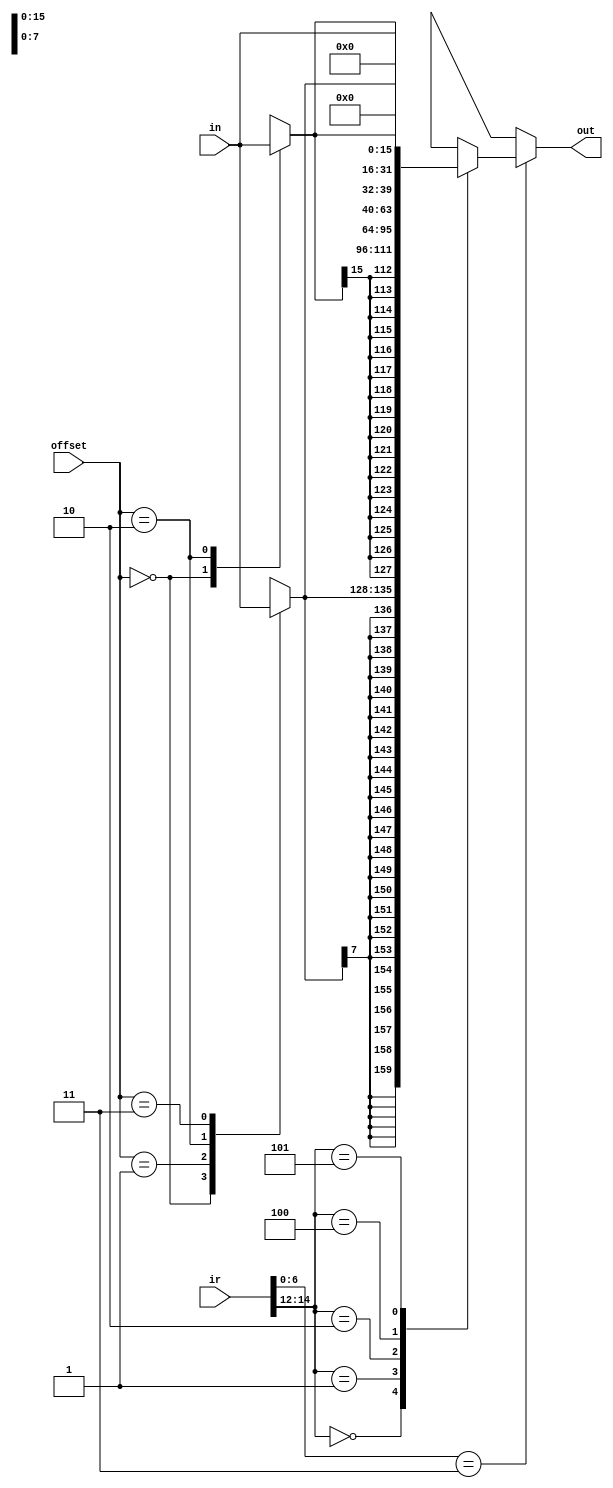

// @file ldconv.v
// @breif ldconv()
// @author Yusuke Matsunaga ( )
//
// Copyright (C) 2019 Yusuke Matsunaga
// All rights reserved.
//
// []
// 
// 
//
// * B(byte) 
//   
// * BU(byte unsigned) 
//   0
// * H(half word) 
//   (16)
// * HU(half word unsigned) 
//   (16)0
// * W(word) 
//   
//
// B, BU, H, HU, W  IR 
//
// []
// in:     (32)
// ir:     IR
// offset: 
// out:    (32)
module ldconv(input [31:0]      in,
	      input [31:0] 	ir,
	      input [1:0] 	offset,

	      output [31:0] out);

		wire [7:0] onebyte;
		wire [15:0] half_word;

		function [7:0] getbyte(input [31:0] in, input [1:0] offset);
		case (offset)
			2'b00: getbyte=in[31:24];
			2'b01: getbyte=in[23:16];
			2'b10: getbyte=in[15:8];
			2'b11: getbyte=in[7:0];
			default: begin
			end
		endcase
		endfunction

		function [15:0] gethalfword(input [31:0] in, input [1:0] offset);
		case (offset)
			2'b00: gethalfword=in[31:16];
			// 2'b01: gethalfword=in[23:8];
			2'b10: gethalfword=in[15:0];
			default:begin
			end
		endcase
		endfunction

		assign onebyte=getbyte(in,offset);
		assign half_word=gethalfword(in,offset);

		function [31:0] ldconvert(input [31:0] in,
									input [31:0] ir);
			if(ir[6:0]==7'b0000011)begin
				case(ir[14:12])
					3'b000: ldconvert={{24{onebyte[7]}},{onebyte}};
					3'b001: ldconvert={{16{half_word[15]}},{half_word}};
					3'b010: ldconvert=in;
					3'b100: ldconvert={{24'b0},{onebyte}};
					3'b101: ldconvert={{16'b0},{half_word}};
					default:begin
					end
				endcase
			end
		endfunction

		assign out=ldconvert(in,ir);


endmodule // ldconv